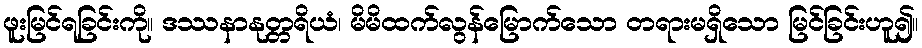
ဖူးမြင်ရခြင်းကို။ ဒဿနာနုတ္တရိယံ၊ မိမိထက်လွန်မြောက်သော တရားမရှိသော မြင်ခြင်းဟူ၍။